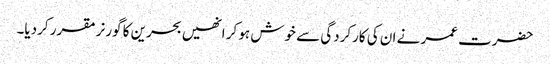
حضرت عمر نے ان کی کارکردگی سے خوش ہو کر انھیں بحرین کا گورنر مقرر کردیا۔